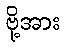
ဗို့အား